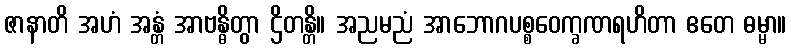
ဇာနာတိ အဟံ အန္တံ အာဗန္ဓိတွာ ဌိတန္တိ။ အညမညံ အာဘောဂပစ္စဝေက္ခဏရဟိတာ ဧတေ ဓမ္မာ။